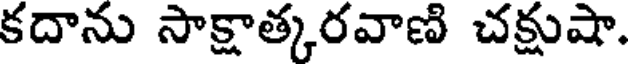
కదాను సాక్షాత్కరవాణి చక్షుషా.